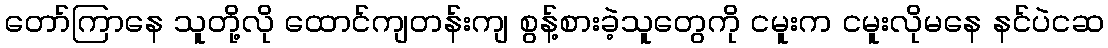
တော်ကြာနေ သူတို့လို ထောင်ကျတန်းကျ စွန့်စားခဲ့သူတွေကို ငမူးက ငမူးလိုမနေ နင်ပဲငဆ